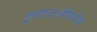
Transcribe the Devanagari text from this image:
इलाजऔषधीय